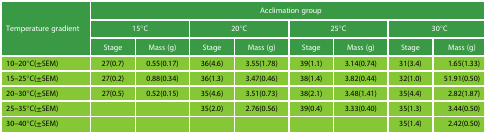
<table><thead><tr><td rowspan="3"><b>Temperature gradient</b></td><td colspan="8"><b>Acclimation group</b></td></tr><tr><td colspan="2"><b>15°C</b></td><td colspan="2"><b>20°C</b></td><td colspan="2"><b>25°C</b></td><td colspan="2"><b>30°C</b></td></tr><tr><td><b>Stage</b></td><td><b>Mass (g)</b></td><td><b>Stage</b></td><td><b>Mass (g)</b></td><td><b>Stage</b></td><td><b>Mass (g)</b></td><td><b>Stage</b></td><td><b>Mass (g)</b></td></tr></thead><tbody><tr><td>10–20°C(±SEM)</td><td>27(0.7)</td><td>0.55(0.17)</td><td>36(4.6)</td><td>3.55(1.78)</td><td>39(1.1)</td><td>3.14(0.74)</td><td>31(3.4)</td><td>1.65(1.33)</td></tr><tr><td>15–25°C(±SEM)</td><td>27(0.2)</td><td>0.88(0.34)</td><td>36(1.3)</td><td>3.47(0.46)</td><td>38(1.4)</td><td>3.82(0.44)</td><td>32(1.0)</td><td>51.91(0.50)</td></tr><tr><td>20–30°C(±SEM)</td><td>27(0.5)</td><td>0.52(0.15)</td><td>35(4.6)</td><td>3.51(0.73)</td><td>38(2.1)</td><td>3.48(1.41)</td><td>35(4.4)</td><td>2.82(1.87)</td></tr><tr><td>25–35°C(±SEM)</td><td></td><td></td><td>35(2.0)</td><td>2.76(0.56)</td><td>39(0.4)</td><td>3.33(0.40)</td><td>35(1.3)</td><td>3.44(0.50)</td></tr><tr><td>30–40°C(±SEM)</td><td></td><td></td><td></td><td></td><td></td><td></td><td>35(1.4)</td><td>2.42(0.50)</td></tr></tbody></table>